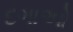
દગાઓ